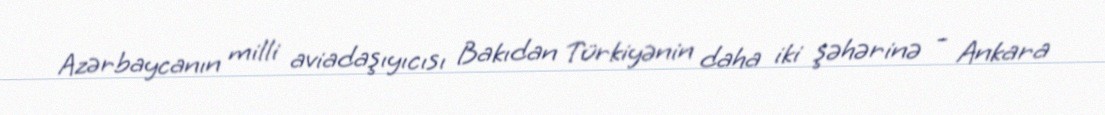
Azərbaycanın milli aviadaşıyıcısı Bakıdan Türkiyənin daha iki şəhərinə - Ankara